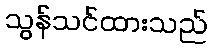
သွန်သင်ထားသည်